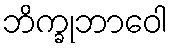
ဘိက္ခုဘာဝေါ